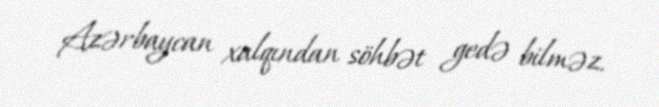
Azərbaycan xalqından söhbət gedə bilməz.